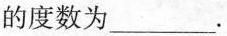
的度数为___。